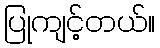
ပြုကျင့်တယ်။